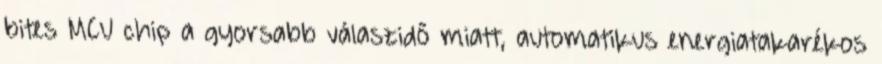
bites MCU chip a gyorsabb válaszidő miatt, automatikus energiatakarékos